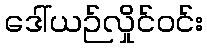
ဒေါ်ယဉ်လှိုင်ဝင်း